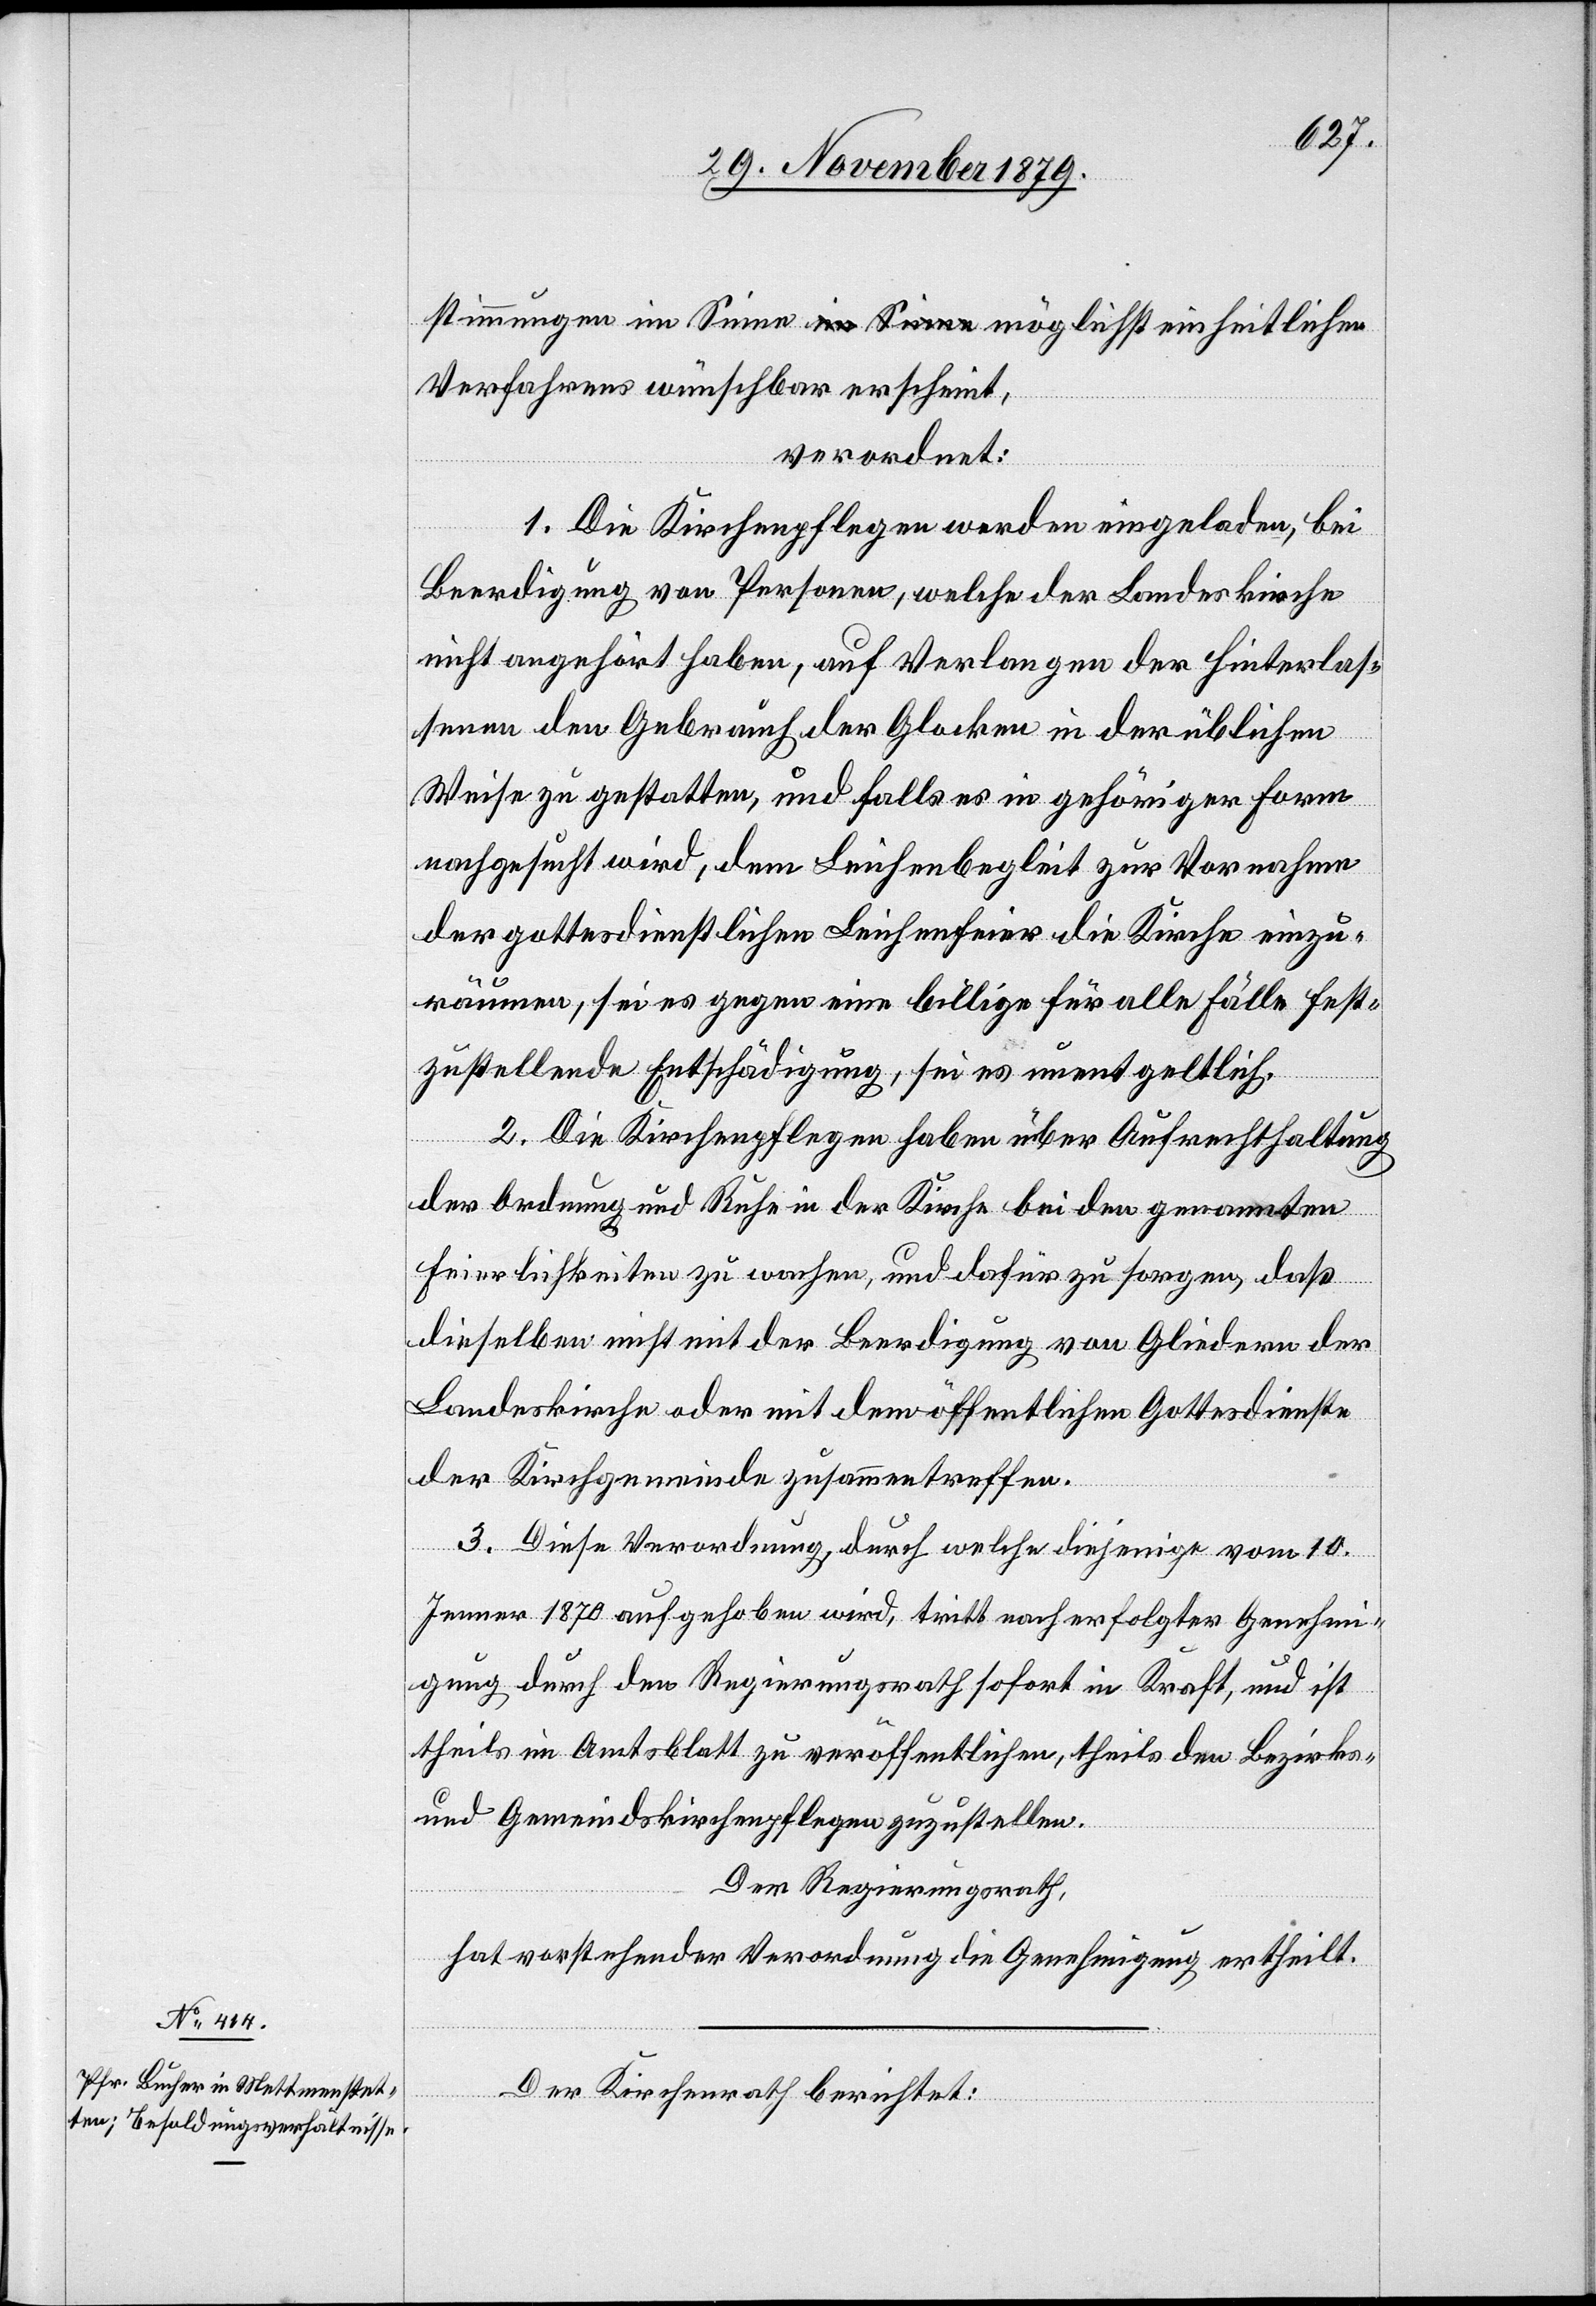
stimmungen im Sinne möglichst einheitlichen
Verfahrens wünschbar erscheint,
verordnet:
1. Die Kirchenpflegen werden eingeladen, bei
Beerdigung von Personen, welche der Landeskirche
nicht angehört haben, auf Verlangen der Hinterlas¬
senen den Gebrauch der Glocken in der üblichen
Weise zu gestatten, und falls es in gehöriger Form
nachgesucht wird, dem Leichenbegleit zur Vornahme
der gottesdienstlichen Leichenfeier die Kirche einzu¬
räumen, sei es gegen eine billige für alle Fälle fest¬
zustellende Entschädigung, sei es unentgeltlich.
2. Die Kirchenpflegen haben über Aufrechthaltung
der Ordnung und Ruhe in der Kirche bei den genannten
Feierlichkeiten zu wachen, und dafür zu sorgen, daß
dieselben nicht mit der Beerdigung von Gliedern der
Landeskirche oder mit dem öffentlichen Gottesdienste
der Kirchengemeinde zusammentreffen.
3. Diese Verordnung, durch welche diejenige vom 10.
Jenner 1870 aufgehoben wird, tritt nach erfolgter Genehmi¬
gung durch den Regierungsrath sofort in Kraft, und ist
theils im Amtsblatt zu veröffentlichen theils den Bezirks-
und Gemeindskirchenpflegen zuzustellen.
Der Regierungsrath,
hat nachstehender Verordnung die Genehmigung ertheilt.
Der Kirchenrath berichtet: